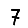
Digit: 7